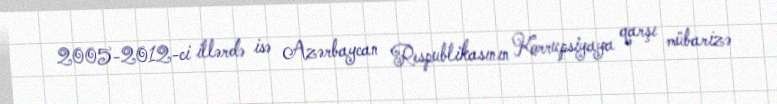
2005-2012-ci illərdə isə Azərbaycan Respublikasının Korrupsiyaya qarşı mübarizə